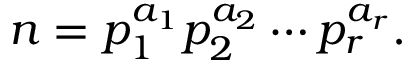
n = p _ { 1 } ^ { a _ { 1 } } p _ { 2 } ^ { a _ { 2 } } \cdots p _ { r } ^ { a _ { r } } .